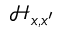
\mathcal { H } _ { \boldsymbol { x } , \boldsymbol { x } ^ { \prime } }